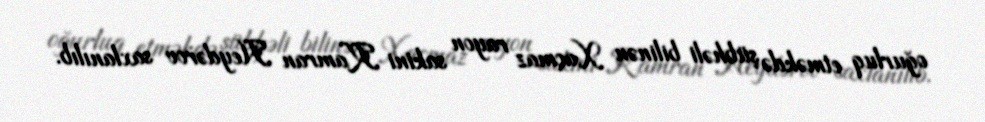
oğurluq etməkdə şübhəli bilinən Xaçmaz rayon sakini Kamran Heydərov saxlanılıb.